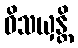
ဝိသယှန္တိ